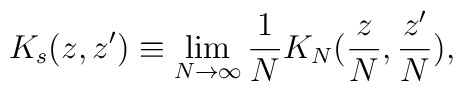
K_s(z,z')\equiv\lim_{N\rightarrow\infty}\frac1N K_N(\frac{z}{N},\frac{z'}{N}),